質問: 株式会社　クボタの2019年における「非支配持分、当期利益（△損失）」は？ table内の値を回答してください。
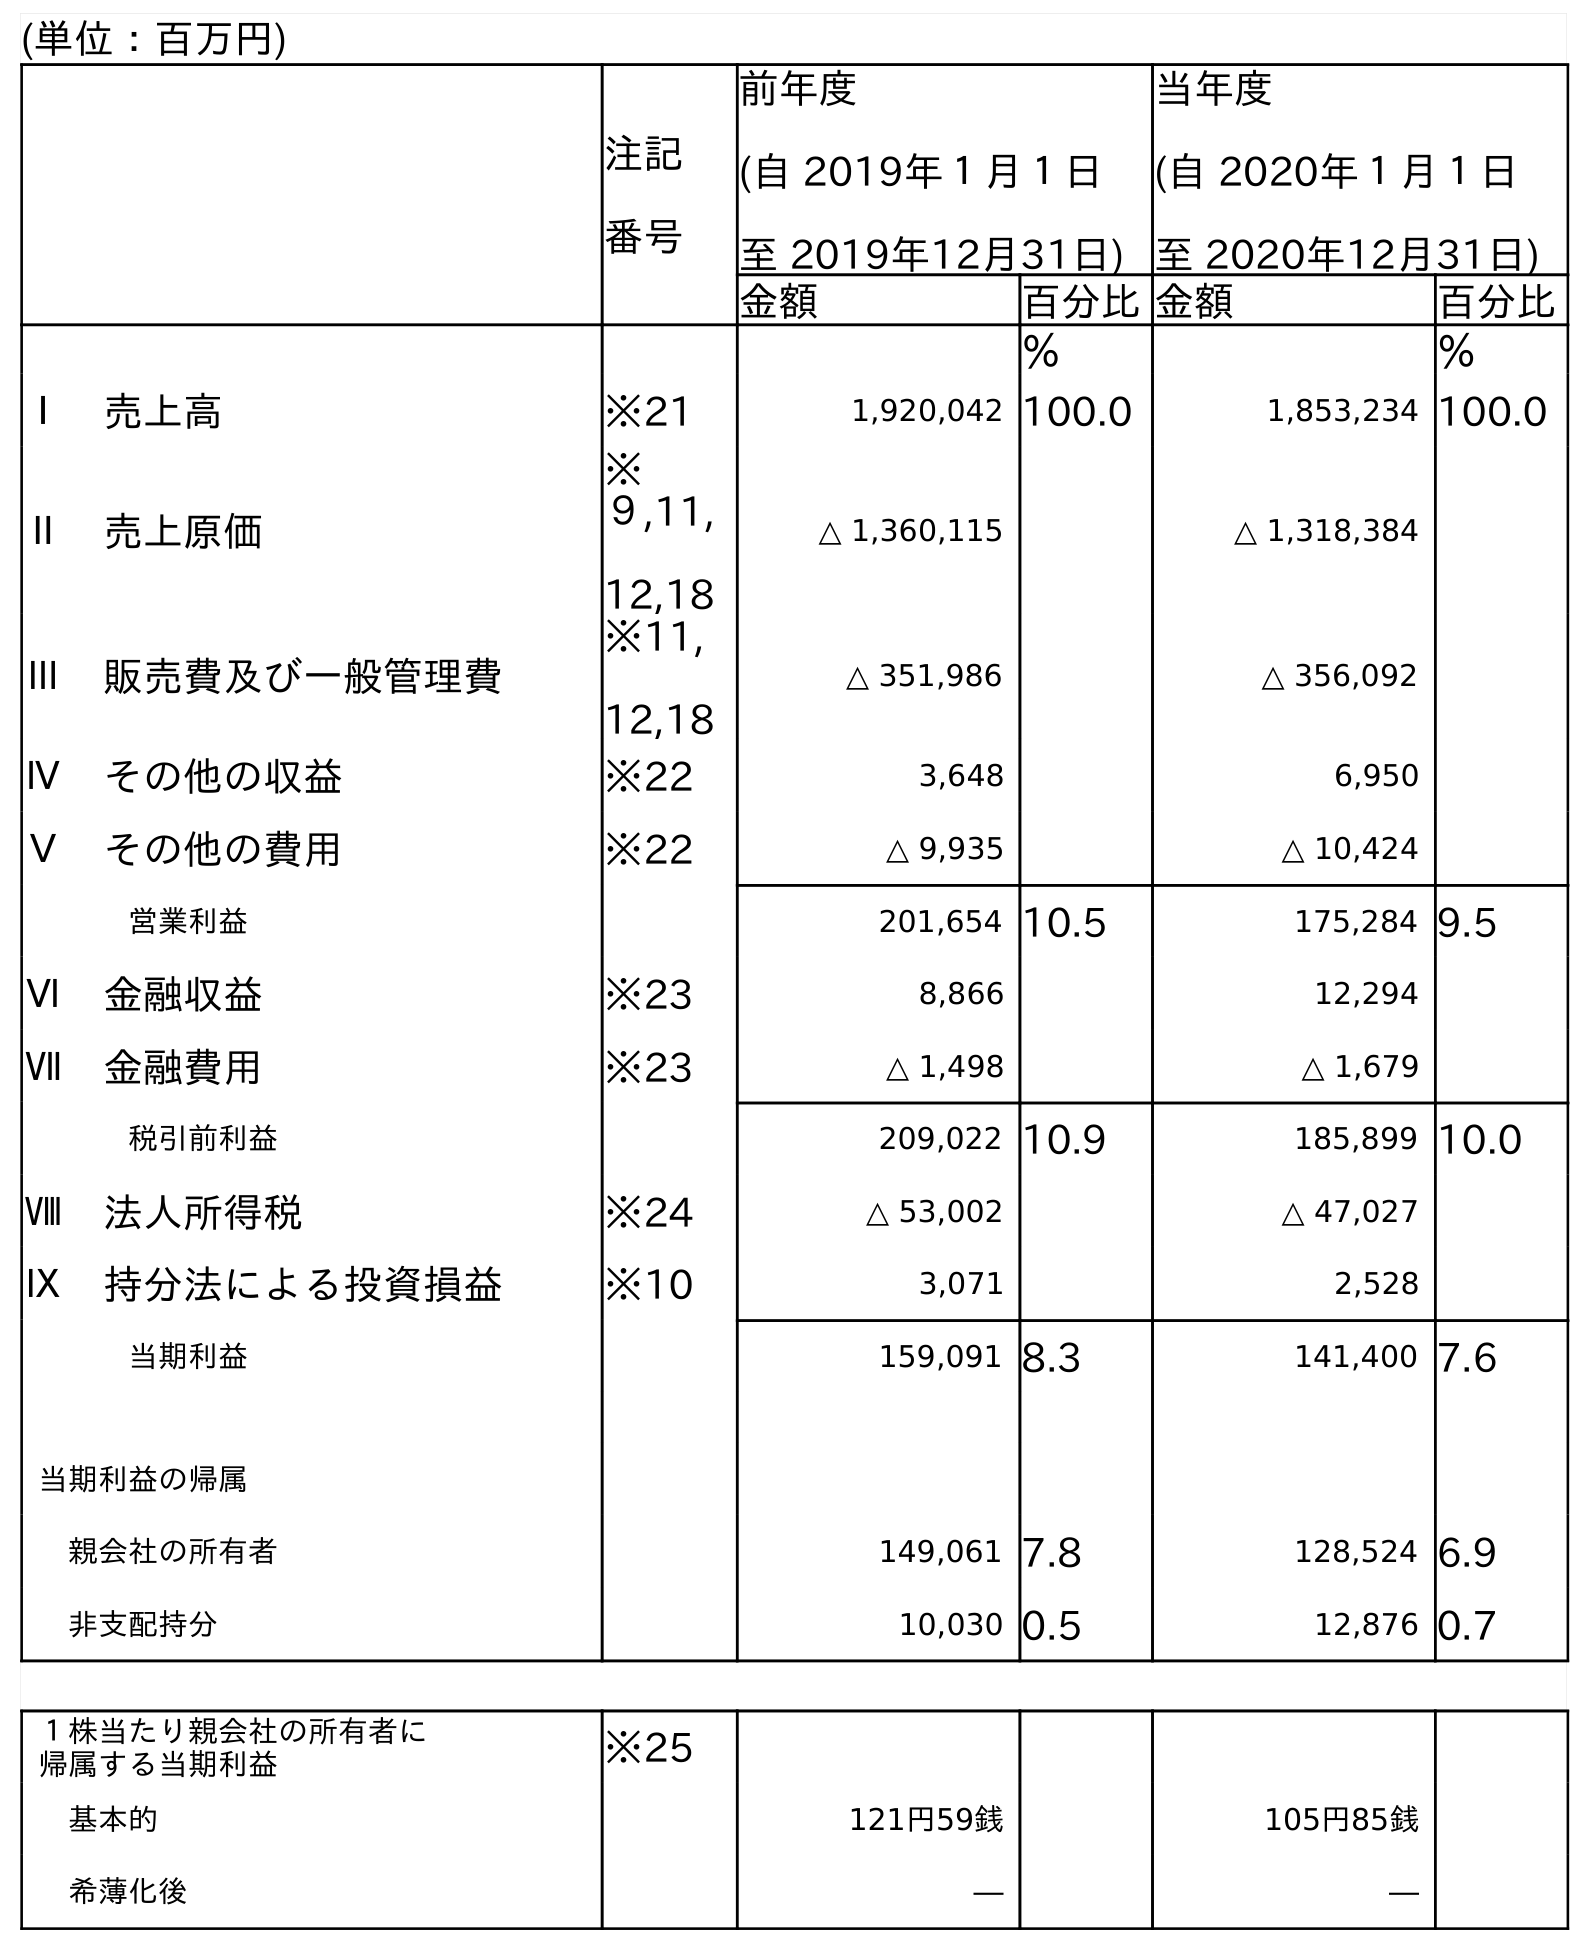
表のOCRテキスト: (単位：百万円) 注記 番号 前年度 (自 2019年１月１日 至 2019年12月31日) 当年度 (自 2020年１月１日 至 2020年12月31日) 金額 百分比金額 百分比 ％ ％ Ⅰ 売上高 ※21 1,920,042 100.0 1,853,234 100.0 Ⅱ 売上原価 ※ ９,11, 12,18 △ 1,360,115 △ 1,318,384 Ⅲ 販売費及び一般管理費 ※11, 12,18 △ 351,986 △ 356,092 Ⅳ その他の収益 ※22 3,648 6,950 Ⅴ その他の費用 ※22 △ 9,935 △ 10,424 営業利益 201,654 10.5 175,284 9.5 Ⅵ 金融収益 ※23 8,866 12,294 Ⅶ 金融費用 ※23 △ 1,498 △ 1,679 税引前利益 209,022 10.9 185,899 10.0 Ⅷ 法人所得税 ※24 △ 53,002 △ 47,027 Ⅸ 持分法による投資損益 ※10 3,071 2,528 当期利益 159,091 8.3 141,400 7.6 当期利益の帰属 親会社の所有者 149,061 7.8 128,524 6.9 非支配持分 10,030 0.5 12,876 0.7 １株当たり親会社の所有者に 帰属する当期利益 ※25 基本的 121円59銭 105円85銭 希薄化後 ― ―
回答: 10,030